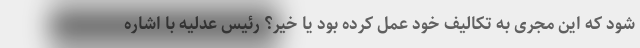
شود که این مجری به تکالیف خود عمل کرده بود یا خیر؟ رئیس عدلیه با اشاره